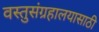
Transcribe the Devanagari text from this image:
वस्तुसंग्रहालयासाठी